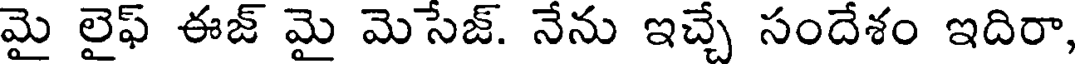
మై లైఫ్ ఈజ్ మై మెసేజ్. నేను ఇచ్చే సందేశం ఇదిరా,